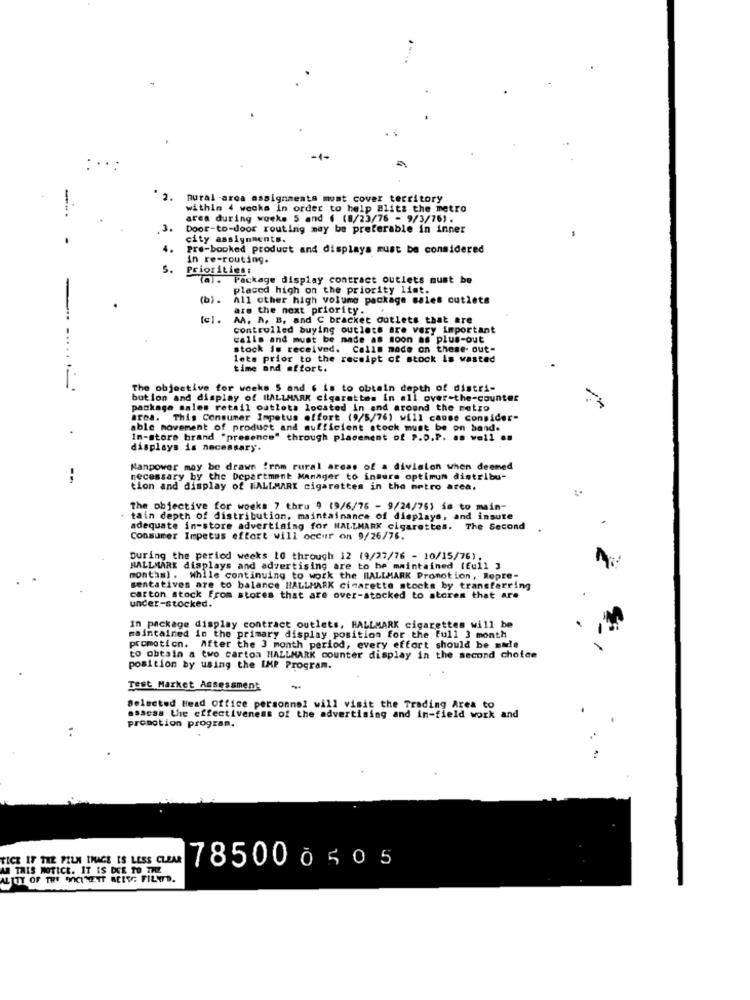
-1-
2.
Rural area assignments most cover territory
within 4 weeks in order to help Blitz the metro
area during weeks 5 and ( (8/23/76 - 9/3/76).
3.
Door-to-door routing may be preferable in inner
city assignments.
4.
Pre-booked product and displays must be considered
in re-routing.
5.
Priorities:
(a). Package display contract outlets must be
placed high on the priority list.
(b).
All other high volume package sales cutlets
are the next priority.
tel.
AA. A, B, and C bracket outlets that are
controlled buying outlets are very important
calls and must be made as soon as plus-out
stock is received.
Calls made on these- out-
lets prior to the receipt of stock is wasted
time and effort.
----
The objective for weeks S and ( is to obtain depth of distri-
bution and display of HALLMARK cigarettes in all over-the-counter
package sales retail outlets located in and around the metro
ares. This Consumer Impetus offort (9/5/76) will cause consider-
able movement of product and sufficient stock must be on hand.
In-store brand "presence" through placement of P.D.P. as well as
displays is necessary.
Manpower may be drawn from rural areas of a division when deemed
necessary by the Department Manager to insure optimum distribu-
tion and display of MALLMARI cigarettes in the metro area.
The objective for woeks 7 thru 9 (9/6/76 - 9/24/76) is to main-
tain depth of distribution, maintainance of displays, and insute
adequate in-store advertising for HALLMARK cigarettes. The Second
Consumer Impetus effort will occur on 9/26/76.
During the period weeks 10 through 12 (9/27/76 - 10/15/76).
HALLMARK displays and advertising are to be maintained (full 3
months) . While continuing to work the HALLMARK Promotion, Repre-
sentatives are to balance HALLMARK cigarette stocks by transferring
carton stock From stores that are over-stocked to stores that are
under-stocked.
In package display contract outlets, HALLMARK cigarettes will be
maintained in the primary display position for the Full 3 month
promotion. After the 3 month period, every effort should be made
to obtain a two carton HALLMARK counter display in the second choice
position by using the IMP Program.
Test Market Assessment
Selected Head Office personnel will visit the Trading Area to
assess the effectiveness of the advertising and in-field work and
promotion program.
TICE IF THE FILM IMAGE IS LESS CLEAR
AN THIS NOTICE. IT IS DUE TO THE
785000505
ALITY OF THE WYCINETT BLIVE. FILTD.